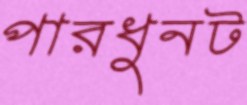
পারধুনট